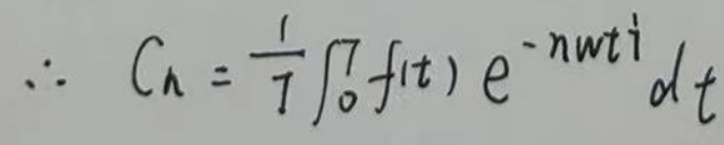
\[
\therefore C_{n}=\frac{1}{T}\int_{0}^{T}f(t)e^{-nwti}dt
\]